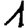
Digit: 1